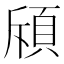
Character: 𫖞